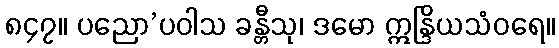
၈၄၇။ ပညော’ပဝါသ ခန္တီသု၊ ဒမော ဣန္ဒြိယသံဝရေ။